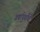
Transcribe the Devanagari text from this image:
वर्षापुर्वीचे